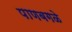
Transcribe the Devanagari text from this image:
पाणबगळे